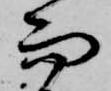
而